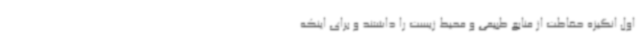
اول انگیزه حفاظت از منابع طبیعی و محیط زیست را داشتند و برای اینکه